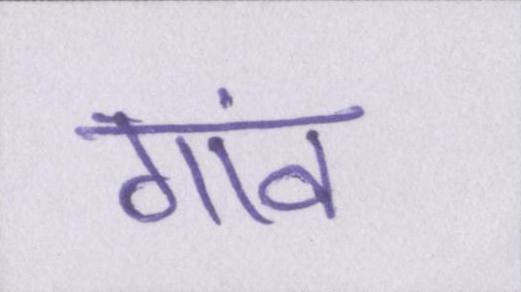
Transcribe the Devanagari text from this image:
गांव